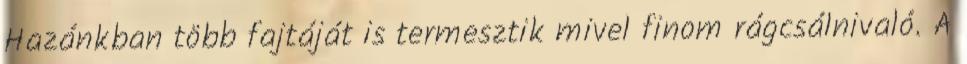
Hazánkban több fajtáját is termesztik mivel finom rágcsálnivaló. A